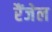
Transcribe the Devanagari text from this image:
रैंजेल